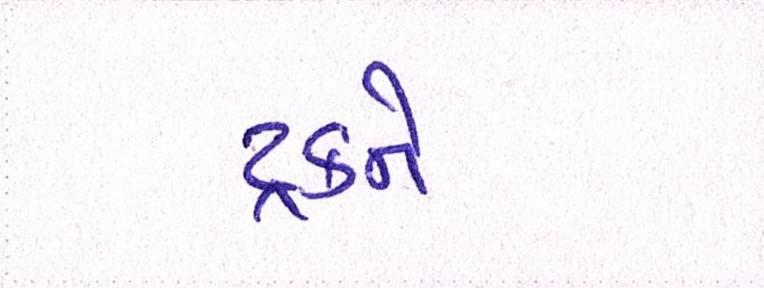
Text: ટ્રકને